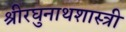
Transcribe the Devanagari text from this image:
श्रीरघुनाथशास्त्री